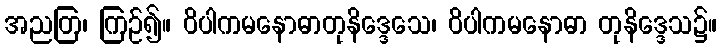
အညတြ၊ ကြဉ်၍။ ဝိပါကမနောဓာတုနိဒ္ဒေသေ၊ ဝိပါကမနောဓာ တုနိဒ္ဒေသ၌။